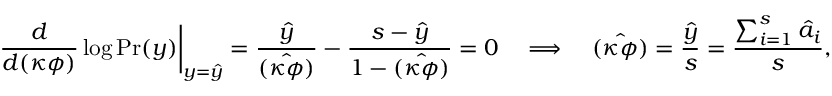
\left. \frac { d } { d ( \kappa \phi ) } \log \mathrm { P r } ( y ) \right| _ { y = \hat { y } } = \frac { \hat { y } } { \hat { ( \kappa \phi ) } } - \frac { s - \hat { y } } { 1 - \hat { ( \kappa \phi ) } } = 0 \quad \Longrightarrow \quad \hat { ( \kappa \phi ) } = \frac { \hat { y } } { s } = \frac { \sum _ { i = 1 } ^ { s } \hat { a } _ { i } } { s } ,